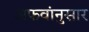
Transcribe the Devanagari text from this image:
अफवांनुसार